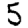
Digit: 5